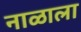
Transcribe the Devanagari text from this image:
नाळाला